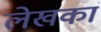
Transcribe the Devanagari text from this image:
लेखकां